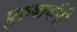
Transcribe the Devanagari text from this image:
पुरुषार्थनी